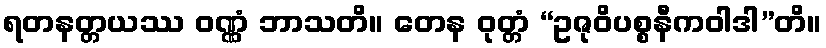
ရတနတ္တယဿ ဝဏ္ဏံ ဘာသတိ။ တေန ဝုတ္တံ “ဥဇုဝိပစ္စနီကဝါဒါ”တိ။